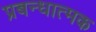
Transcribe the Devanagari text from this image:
प्रबन्धात्मक